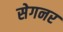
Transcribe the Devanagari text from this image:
सेगनर